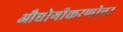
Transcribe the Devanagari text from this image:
औद्योगीकरणोत्तर